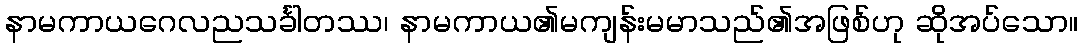
နာမကာယဂေလညသင်္ခါတဿ၊ နာမကာယ၏မကျန်းမမာသည်၏အဖြစ်ဟု ဆိုအပ်သော။